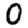
Digit: 0